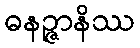
ဓနဉ္ဇာနိဿ